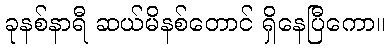
ခုနစ်နာရီ ဆယ်မိနစ်တောင် ရှိနေပြီကော။